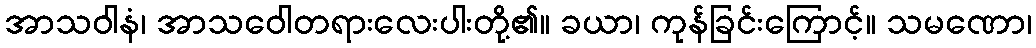
အာသဝါနံ၊ အာသဝေါတရားလေးပါးတို့၏။ ခယာ၊ ကုန်ခြင်းကြောင့်။ သမဏော၊